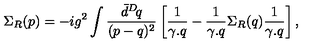
\Sigma _ { R } ( p ) = - i g ^ { 2 } \int \frac { \bar { d } ^ { D } \! q } { ( p - q ) ^ { 2 } } \left[ \frac { 1 } { \gamma . q } - \frac { 1 } { \gamma . q } \Sigma _ { R } ( q ) \frac { 1 } { \gamma . q } \right] ,